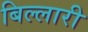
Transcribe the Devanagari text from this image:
बिल्लारी